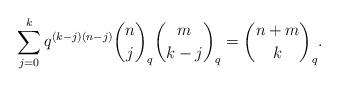
LaTeX: \begin{align*} \sum_{j = 0}^k q^{(k - j) (n - j)} \binom{n}{j}_q \binom{m}{k - j}_q = \binom{n + m}{k}_q . \end{align*}